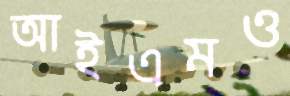
আইএমও